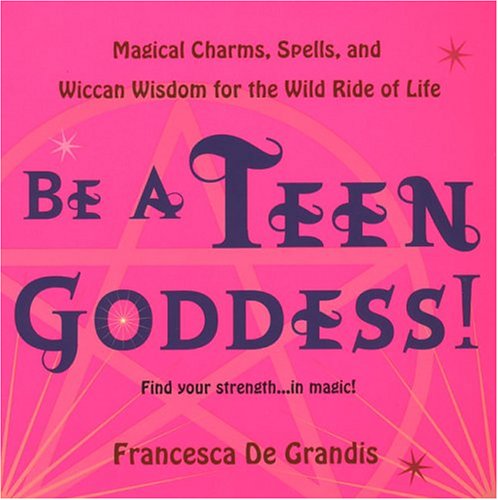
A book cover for Be A Teen Goddess!; Francesca De Grandis; Teen & Young Adult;